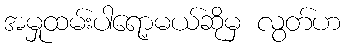
အမှုထမ်းပါရော့မယ်ဆိုမှ လွတ်ဟ